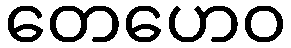
တေဟေဝ